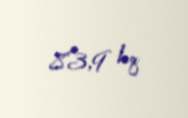
83,9 kq